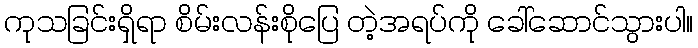
ကုသခြင်းရှိရာ စိမ်းလန်းစိုပြေ တဲ့အရပ်ကို ခေါ်ဆောင်သွားပါ။